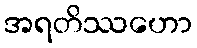
အရတိဿဟော